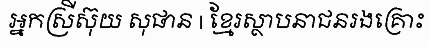
អ្នកស្រីស៊ុយ សុផាន | ខ្មែរស្ថាបនាជនរងគ្រោះ